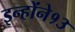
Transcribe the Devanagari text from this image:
इन्होंने१३